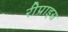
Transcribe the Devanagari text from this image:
रीप्राइस